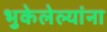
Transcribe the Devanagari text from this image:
भुकेलेल्यांना